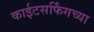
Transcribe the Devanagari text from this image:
काईटसर्फिंगच्या